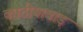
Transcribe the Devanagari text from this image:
काठीयावाड़